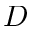
D